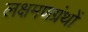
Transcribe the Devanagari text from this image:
लक्षमणग्रंथों